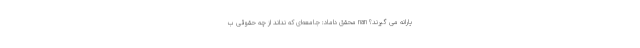
یارانه می گیرند؟ nan محقق‌ داماد: جامعه‌ای که نداند از چه حقوقی ب